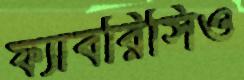
ফ্যাবরিসিও